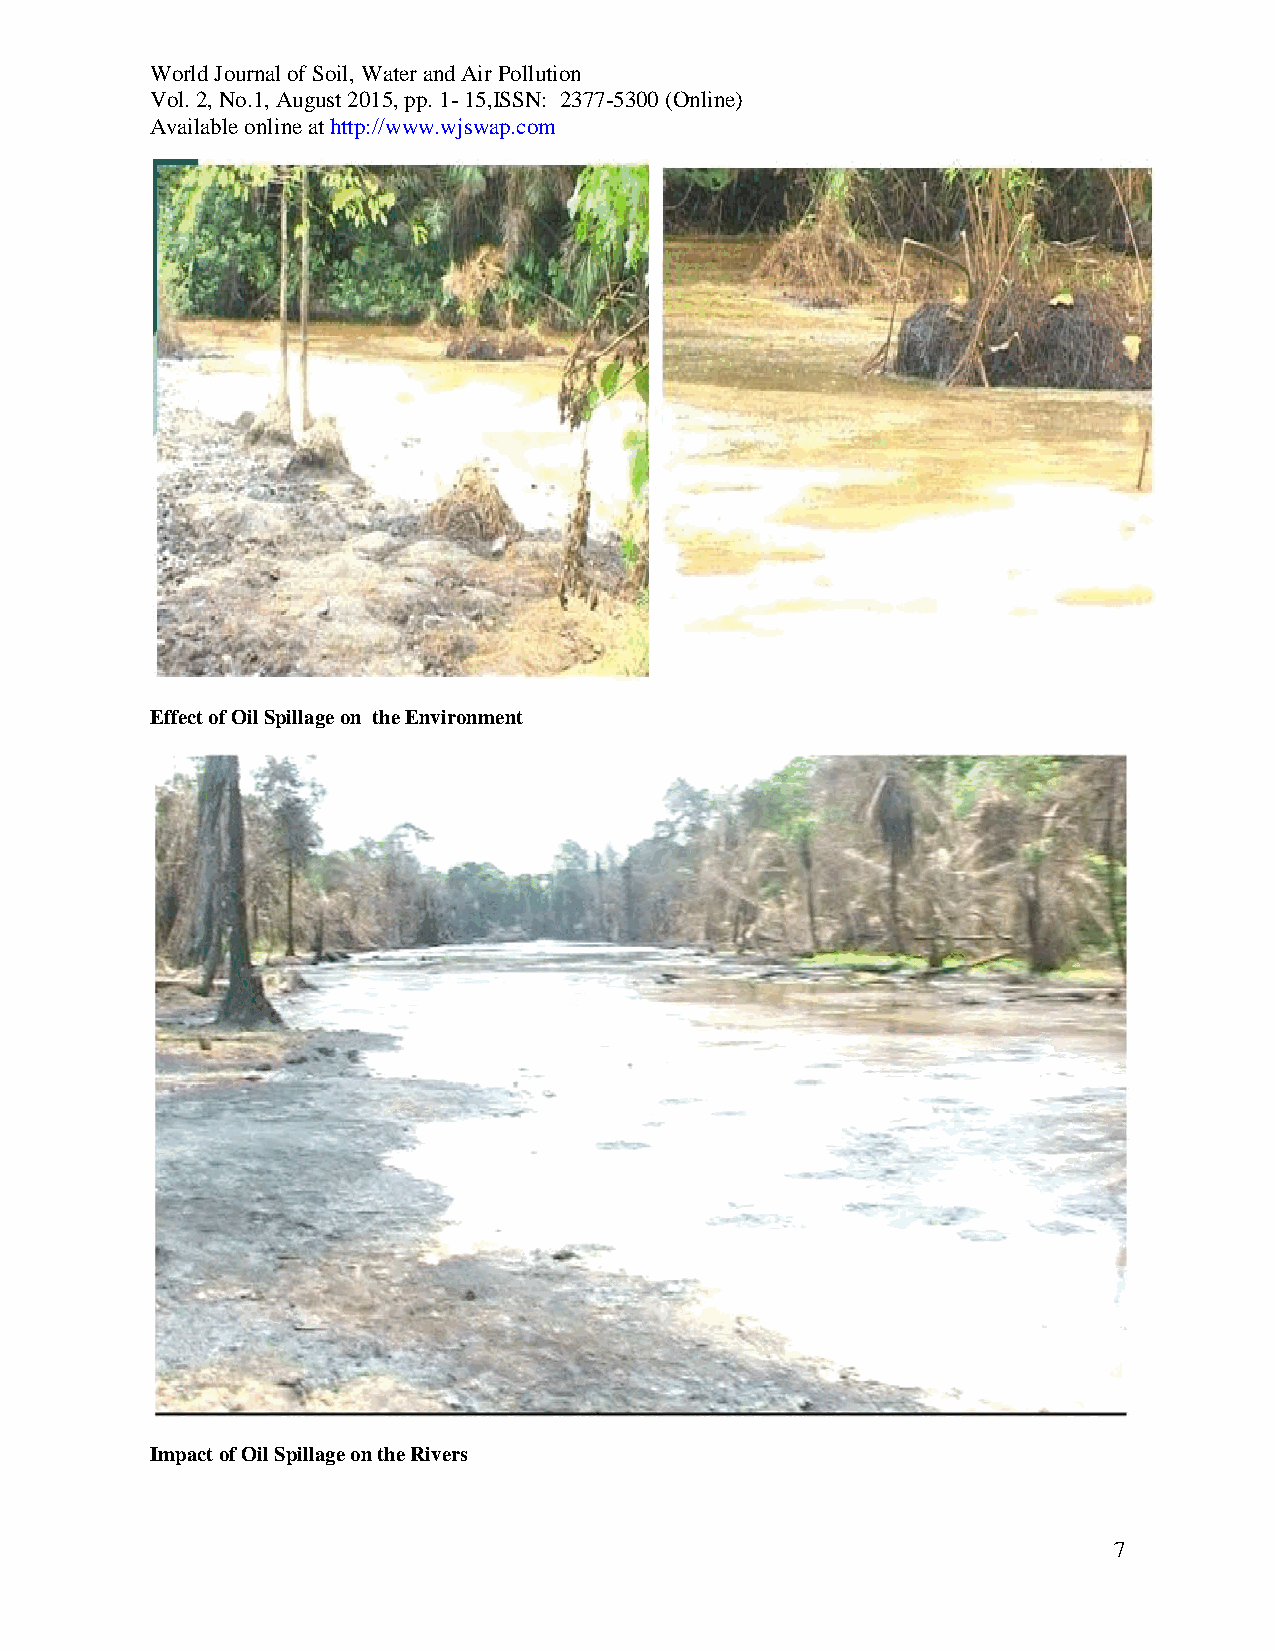
World Journal of Soil, Water and Air Pollution
 Vol. 2, No.1, August 2015, pp. 1- 15,ISSN: 2377-5300 (Online)
 Available online at http://www.wjswap.com
 Effect of Oil Spillage on the Environment
 Impact of Oil Spillage on the Rivers
 7